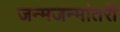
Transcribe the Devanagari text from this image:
जन्मजन्मांतरी